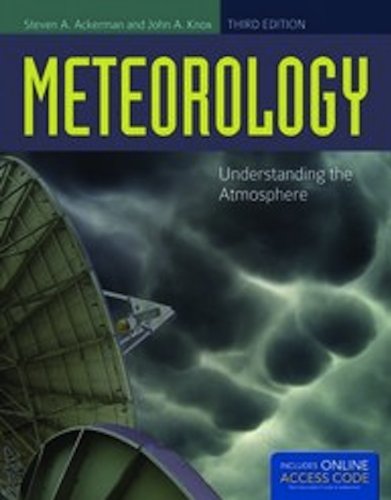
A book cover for Meteorology: Understanding the Atmosphere; Steven A. Ackerman; Science & Math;